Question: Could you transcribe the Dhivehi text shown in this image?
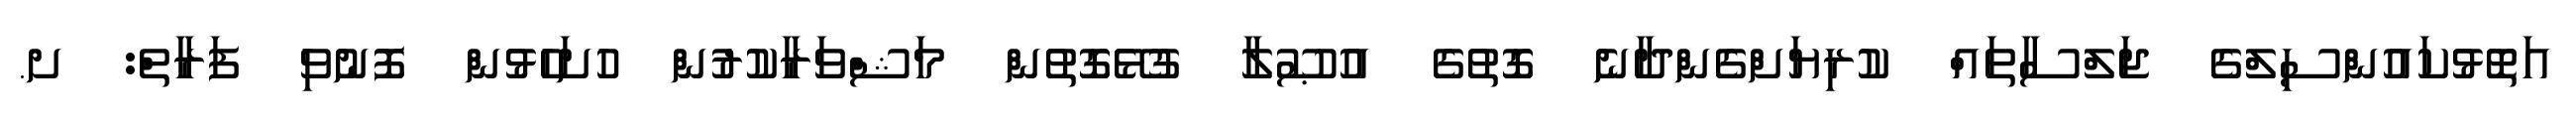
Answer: އަތޮޅުކައުންސިލްގެ ޖަލްސާތައް ކުރިޔަށްގެންދާނެ ގޮތުގެ އުޞޫލާ ގުޅޭގޮތުން މަޝްވަރާކުރުން ހުށަހެޅުން ފޮނުވި ފަރާތް: ށ.